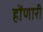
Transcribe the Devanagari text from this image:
होंणारी